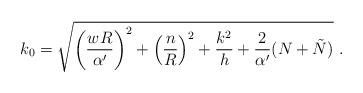
LaTeX: \begin{align*}k_{0}=\sqrt{\left(\frac{wR}{\alpha'}\right)^{2}+\left(\frac{n}{R}\right)^{2}+\frac{k^{2}}{h}+\frac{2}{\alpha'}(N+\tilde{N})}~.\end{align*}